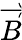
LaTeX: \overrightarrow{B}